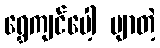
ရွှေကျင်ပေါ့ ဗျာတဲ့